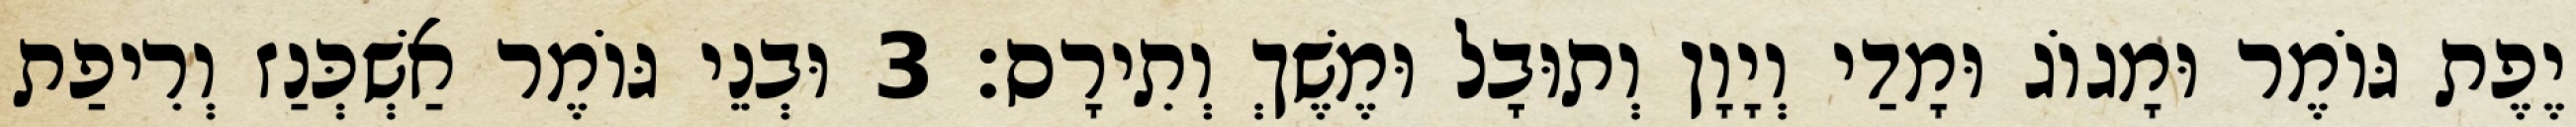
יֶפֶת גּוֹמֶר וּמָגוֹג וּמָדַי וְיָוָן וְתוּבָל וּמֶשֶׁךְ וְתִירָס׃ 3 וּבְנֵי גּוֹמֶר אַשְׁכְּנַז וְרִיפַת